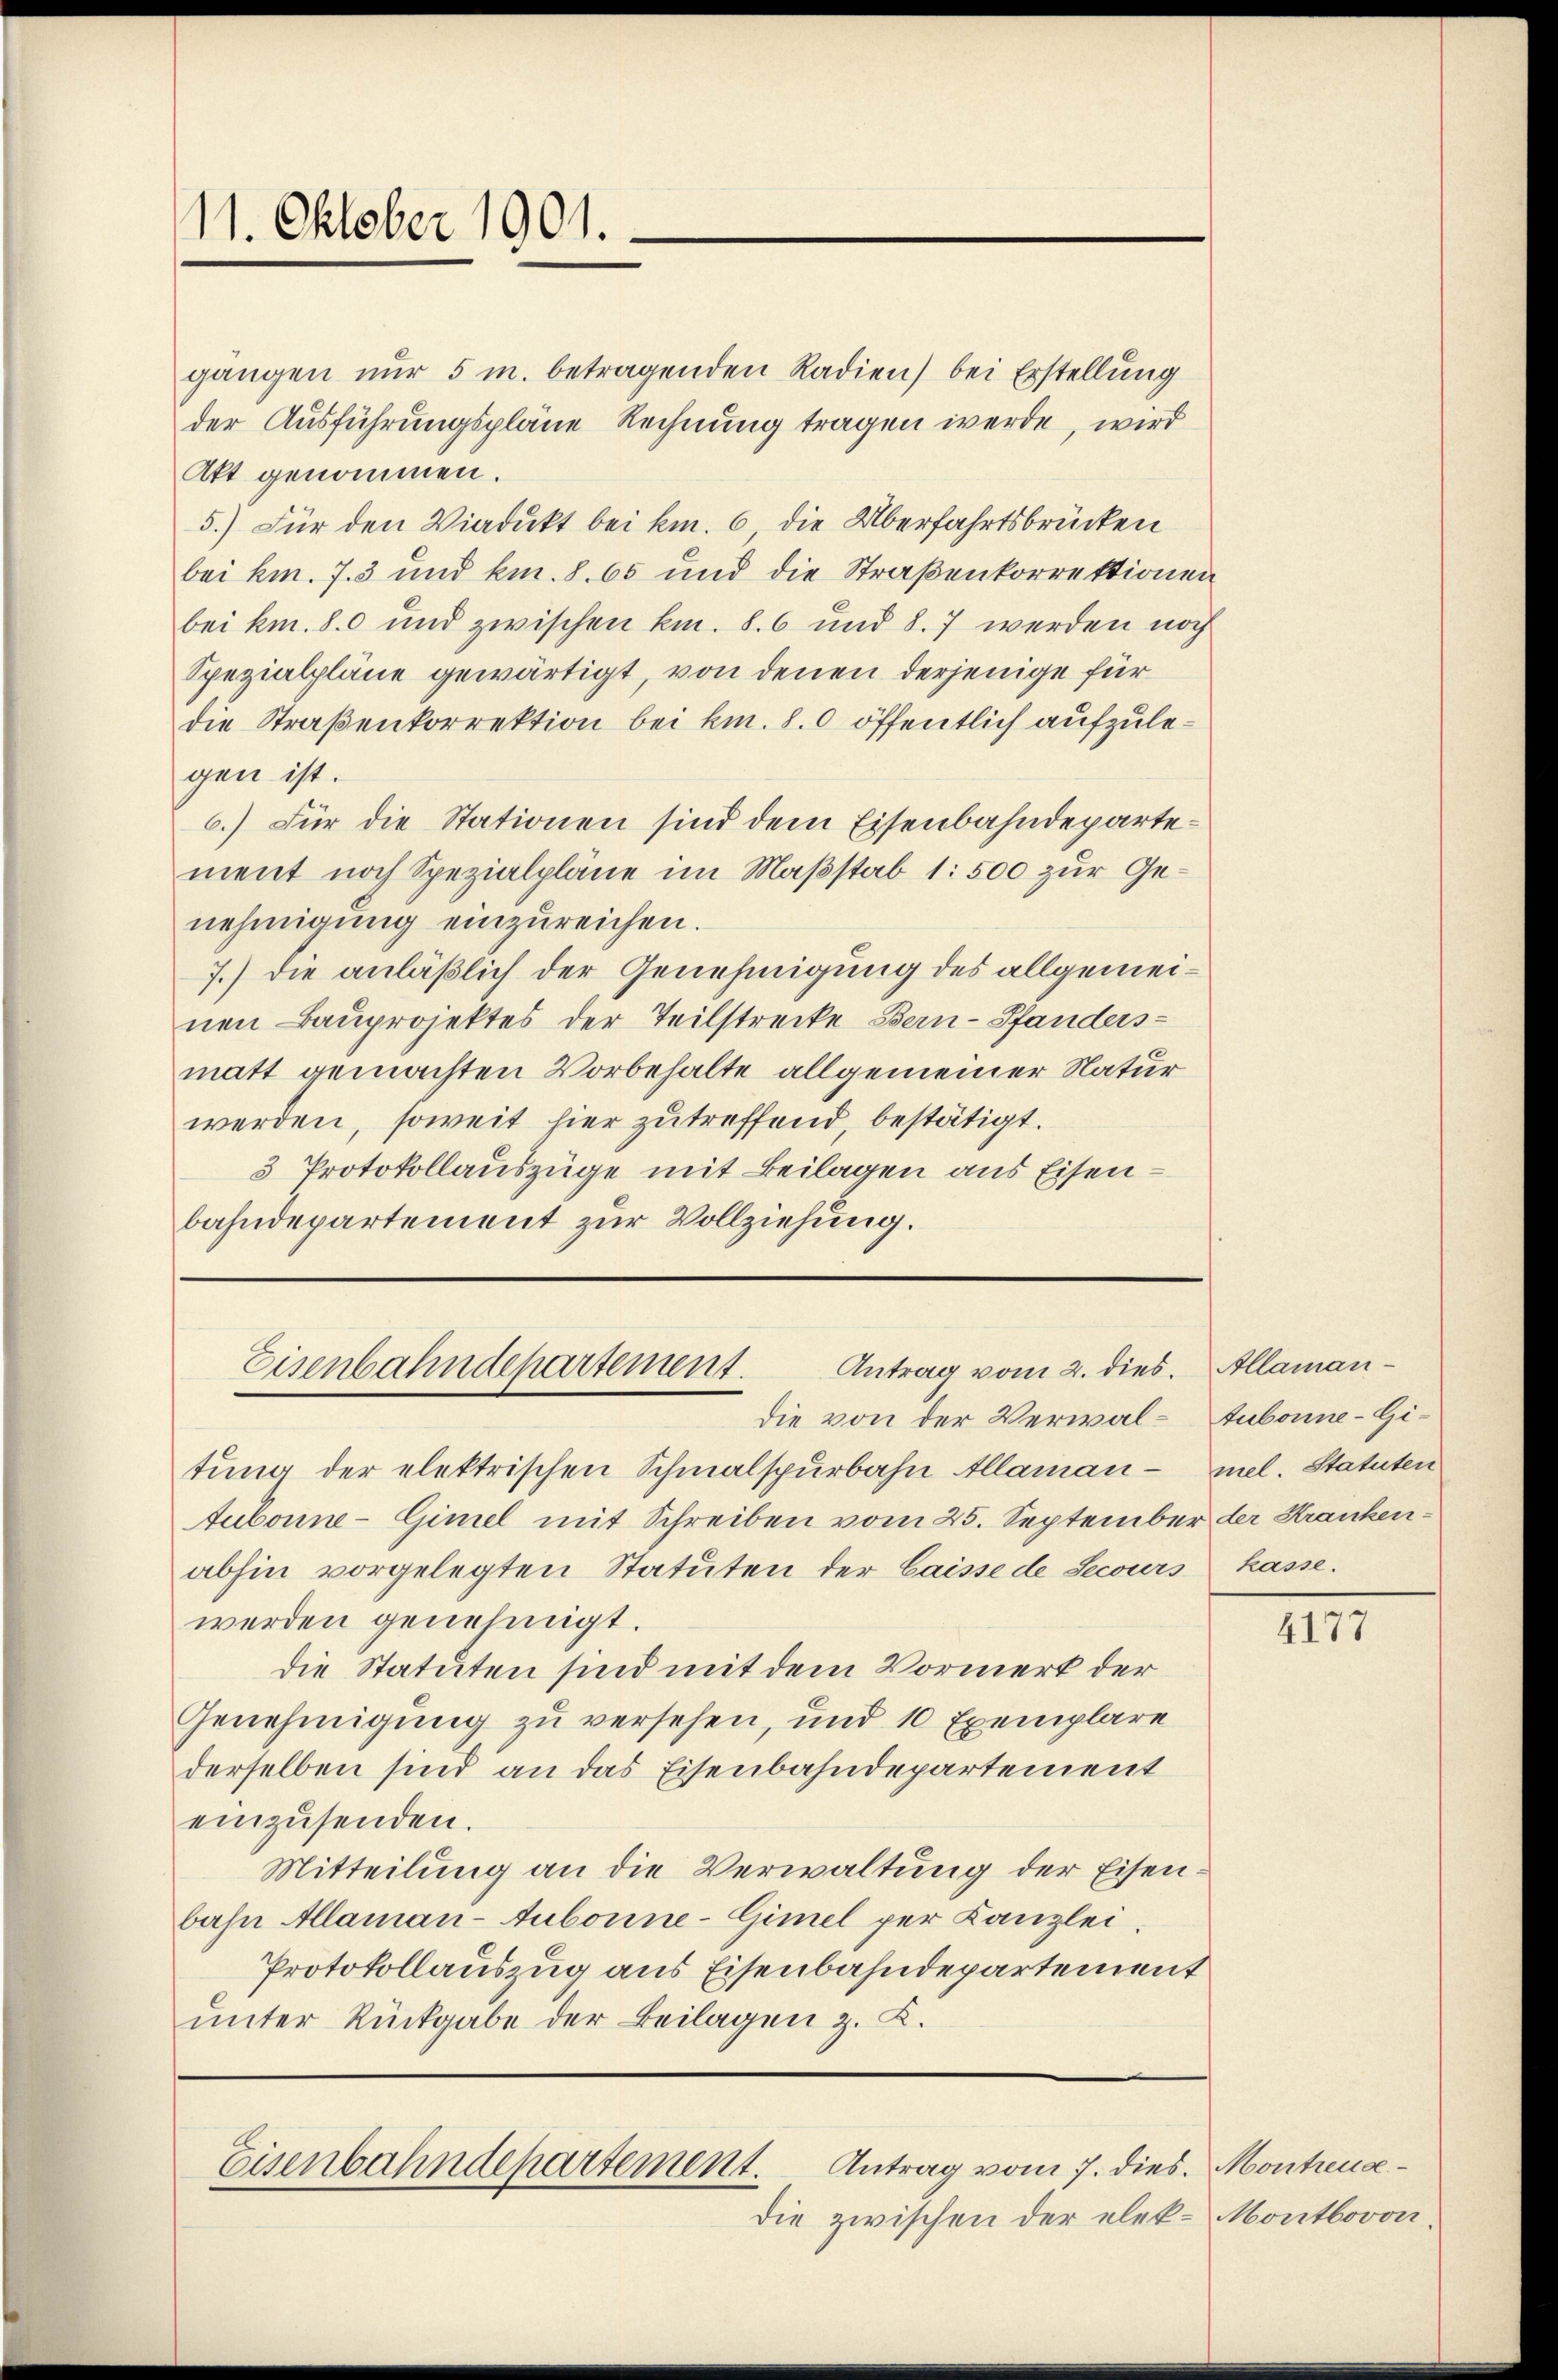
11. Oktober 1901.

gängen nur 5 m. betragenden Radien) bei Erstellung
der Ausführungspläne Rechnung tragen werde, wird
Akt genommen.
5.) Für den Viadukt bei km. 6 die Überfahrtsbrücken
bei km. 73 und km. 8. 65 und die Straßenkorrektionen
bei kn. 80 und zwischen km. S. 6 und 8. 7 werden noch
Spezialpläne gewärtigt, von denen derjenige für
die Straßenkorrektion bei kn. 80 öffentlich aufzulegen ist.
6.) Für die Stationen sind dem Eisenbahndepartement noch Spezialpläne im Maßstab 1: 500 zur Genehmigung einzureichen.
7.) die anläßlich der Genehmigung des allgemeinen Bauprojektes der Teilstrecke Bern-Pfandersmatt gemachten Vorbehalte allgemeiner Natur
werden, soweit hier zutreffend, bestätigt.
3 Protokollauszüge mit Beilagen aus Eisenbahndepartement zur Vollziehung.

tŭng der elektrischen Schmalspurbahn Allaman mel. Statuten
Aubonne-Gimel mit Schreiben vom 25. September der Krankenabhin vorgelegten Statuten der Caisse de Secours kasse.
werden genehmigt.
die Statuten sind mit dem Vormerk der
Genehmigung zu versehen, und 10 Exemplare
derselben sind an das Eisenbahndepartement
einzusenden.
Mitteilung an die Verwaltung der Eisenbahn Allaman-Aubonne-Gimel per Kanzlei.
Protokollauszug aus Eisenbahndepartement
unter Rückgabe der Beilagen z. K.

Antrag vom 2. dies. Allaman¬
Eisenbahndepartement.
die von der Verwal-Aubonne-Gi¬

Antrag vom 7. dies. Montreuse¬
Eisenbahndepartement.

die zwischen der elek - Montbovon¬

4177